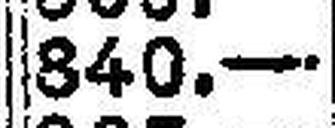
840.—